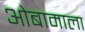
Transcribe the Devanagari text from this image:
ओबामाला